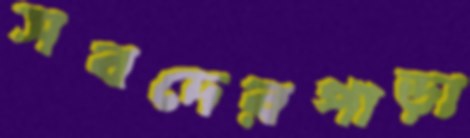
সবদেরপাড়া